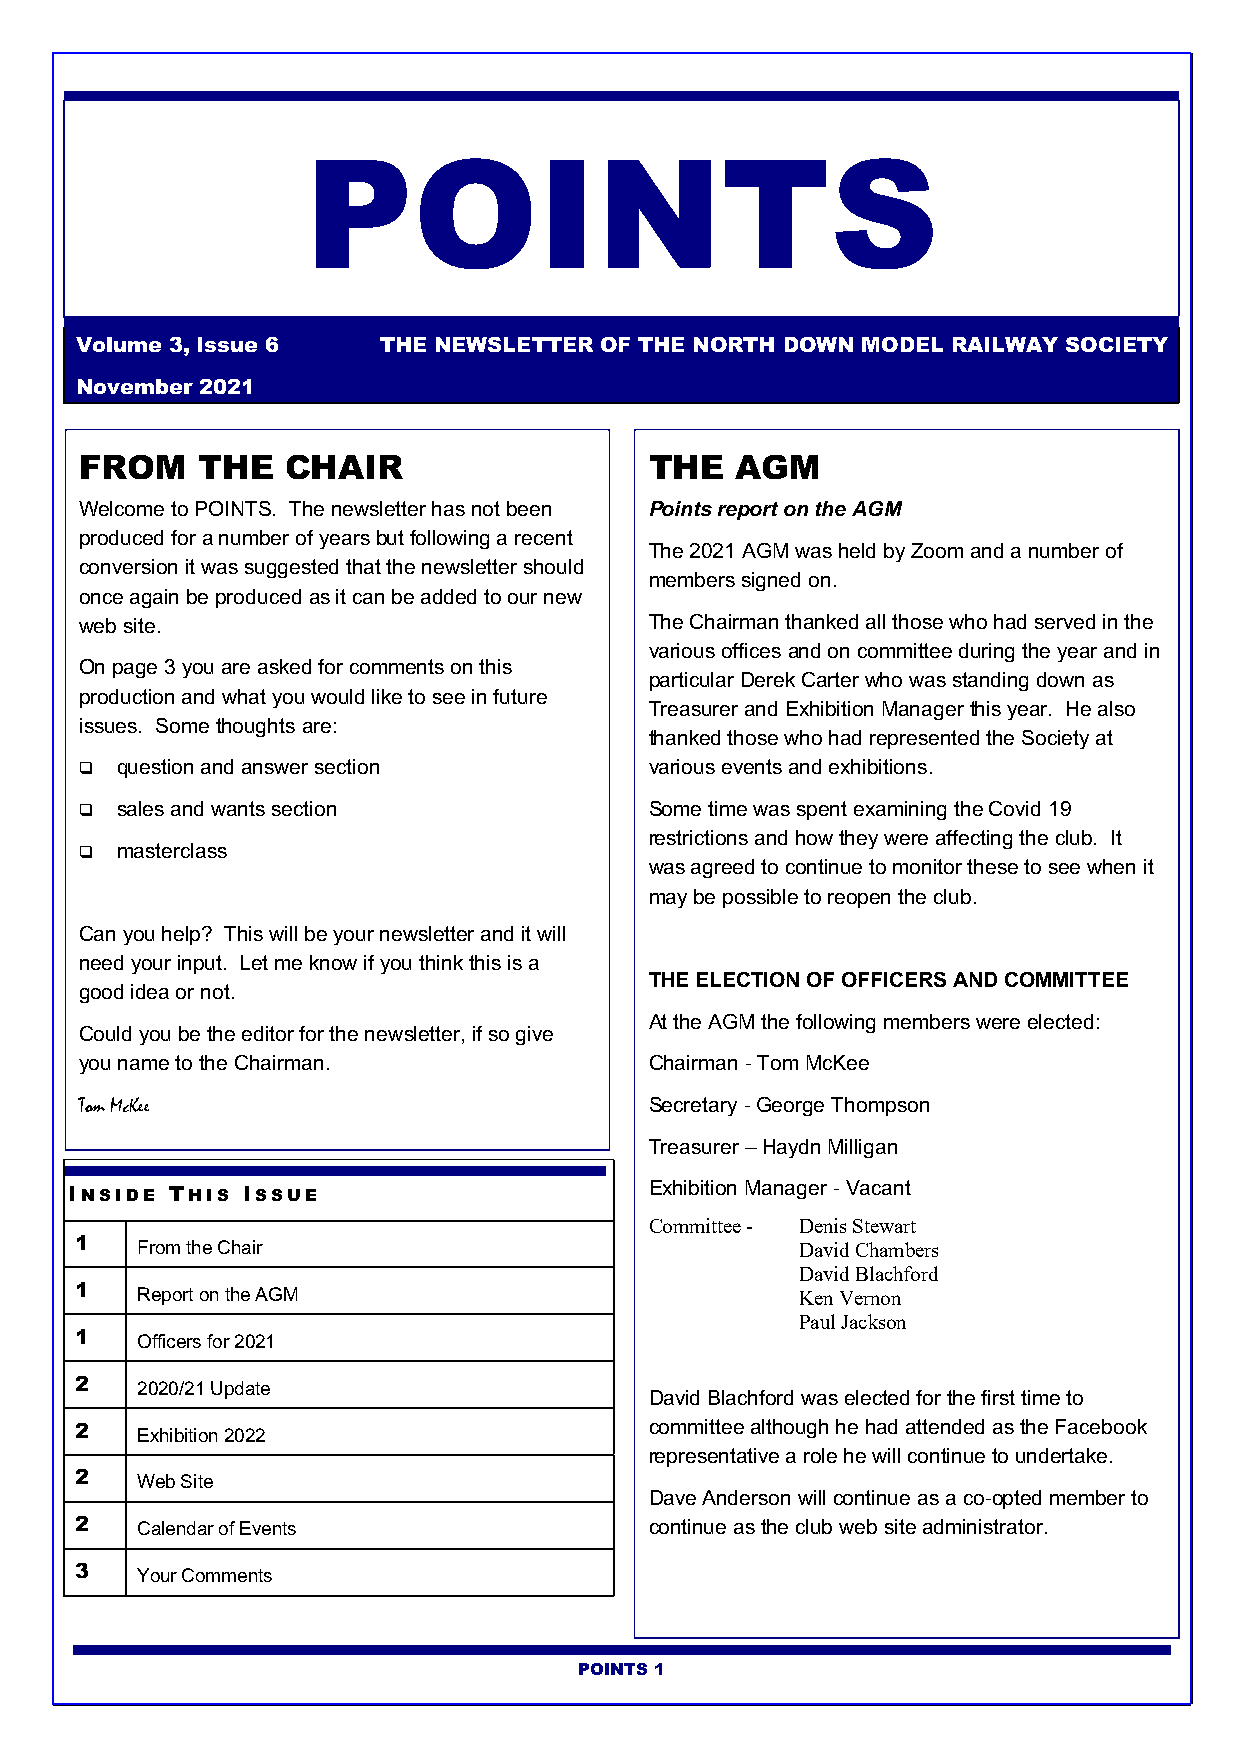
POINTS
 Volume 3, Issue 6   THE NEWSLETTER OF THE NORTH DOWN MODEL RAILWAY SOCIETY
 November 2021
 FROM    THE   CHAIR                   THE   AGM
 Welcome to POINTS. The newsletter has not been Points report on the AGM
 produced for a number of years but following a recent
 The 2021 AGM was held by Zoom and a number of
 conversion it was suggested that the newsletter should
 members signed on.
 once again be produced as it can be added to our new
 web site.                             The Chairman thanked all those who had served in the
 various offices and on committee during the year and in
 On page 3 you are asked for comments on this
 particular Derek Carter who was standing down as
 production and what you would like to see in future
 Treasurer and Exhibition Manager this year. He also
 issues. Some thoughts are:
 thanked those who had represented the Society at
 q  question and answer section        various events and exhibitions.
 q  sales and wants section            Some time was spent examining the Covid 19
 restrictions and how they were affecting the club. It
 q  masterclass
 was agreed to continue to monitor these to see when it
 may be possible to reopen the club.
 Can you help? This will be your newsletter and it will
 need your input. Let me know if you think this is a
 THE ELECTION OF OFFICERS AND COMMITTEE
 good idea or not.
 At the AGM the following members were elected:
 Could you be the editor for the newsletter, if so give
 you name to the Chairman.             Chairman - Tom McKee
 Tom McKee                             Secretary - George Thompson
 Treasurer – Haydn Milligan
 Exhibition Manager - Vacant
 INSIDE THIS ISSUE
 Committee - Denis Stewart
 1   From the Chair                              David Chambers
 David Blachford
 1   Report on the AGM                           Ken Vernon
 Paul Jackson
 1   Officers for 2021
 2   2020/21 Update
 David Blachford was elected for the first time to
 2   Exhibition 2022                   committee although he had attended as the Facebook
 representative a role he will continue to undertake.
 2   Web Site
 Dave Anderson will continue as a co-opted member to
 2   Calendar of Events                continue as the club web site administrator.
 3   Your Comments
 POINTS 1